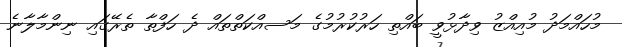
މުހައްމަދު މުއިއްޒު ވިދާޅުވީ ބައްތި ހަރުކުރުމުގެ މަަސއްކަތްތައް ދެ ހަފްތާ ތެރޭގައި ނިންމާލާނެ